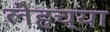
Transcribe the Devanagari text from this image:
लेहच्या